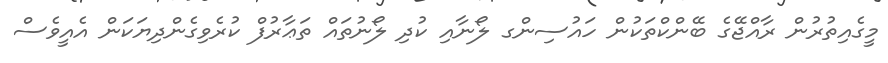
މީގެއިތުރުން ރާއްޖޭގެ ބޭންކްތަކުން ހައުސިންގ ލޯނާއި ކުދި ލޯނުތައް ތަޢާރުފް ކުރެވިގެންދިޔަކަން އެއީވެސް